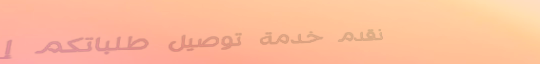
نقدم خدمة توصيل طلباتكم إ